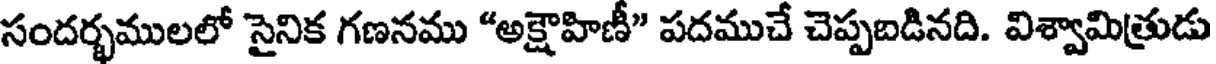
సందర్భములలో సైనిక గణనము "అక్షౌహిణీ" పదముచే చెప్పబడినది. విశ్వామిత్రుడు